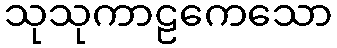
သုသုကာဠကေသော